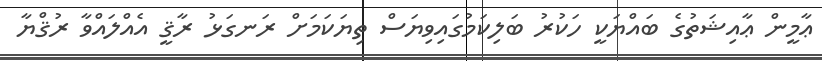
ޢާމީން ޢާއިޝަތުގެ ބައްޔަކީ ހަކުރު ބަލިކަމުގައިިވިޔަސް ތިޔަކަމަށް ރަނގަޅު ރާޤީ އެއްލައްވާ ރުޤްޔާ